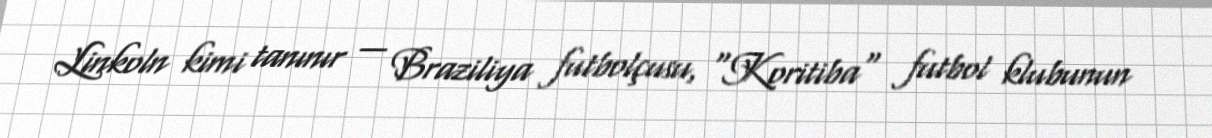
Linkoln kimi tanınır — Braziliya futbolçusu, "Koritiba" futbol klubunun